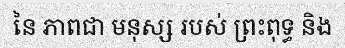
នៃ ភាពជា មនុស្ស របស់ ព្រះពុទ្ធ និង